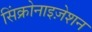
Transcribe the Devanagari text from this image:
सिंक्रोनाइज़ेशन